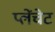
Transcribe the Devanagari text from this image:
प्लेंचेट